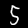
Digit: 5